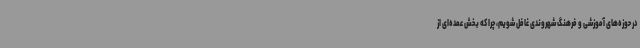
در حوزه‌های آموزشی و فرهنگ شهروندی غافل شویم، چرا که بخش عمده‌ای از